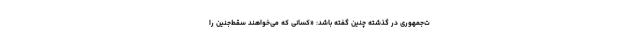
ت‌جمهوری در گذشته چنین گفته باشد: «کسانی که می‌خواهند سقط‌جنین را